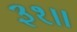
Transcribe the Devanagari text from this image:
३१॥